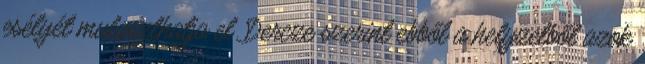
esélyét mulaszthatja el. Dercze szerint ebből a helyzetből azok